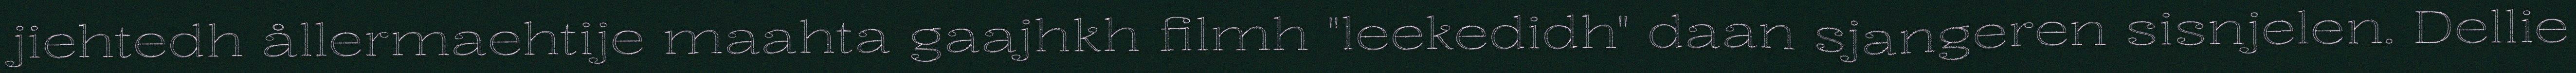
jiehtedh ållermaehtije maahta gaajhkh filmh "leekedidh" daan sjangeren sisnjelen. Dellie